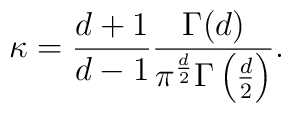
\kappa= \frac{d+1}{d-1}   \frac{\Gamma(d)}{\pi^\frac{d}2 \Gamma\left(\frac{d}2\right)}.